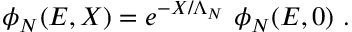
\phi _ { N } ( E , X ) = e ^ { - X / \Lambda _ { N } } ~ \phi _ { N } ( E , 0 ) ~ .